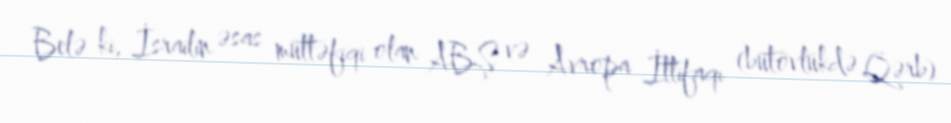
Belə ki, İsrailin əsas müttəfiqi olan ABŞ və Avropa İttifaqı (bütövlükdə Qərb)